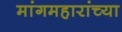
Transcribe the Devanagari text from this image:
मांगमहारांच्या